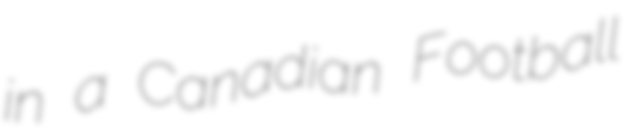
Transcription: in a Canadian Football